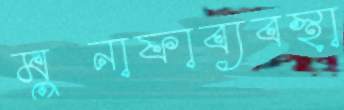
মুনাফাব্যবস্থা